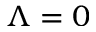
\Lambda = 0